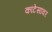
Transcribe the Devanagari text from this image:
कांटेसांवर